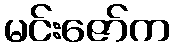
မင်းဇော်က